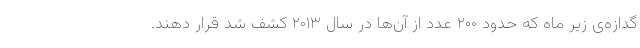
گدازه‌ی زیر ماه که حدود ۲۰۰ عدد از آن‌ها در سال ۲۰۱۳ کشف شد قرار دهند.